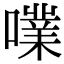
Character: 𡁖